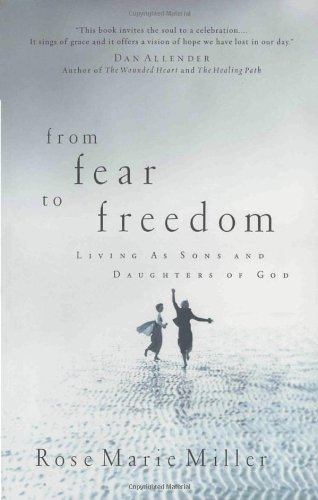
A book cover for From Fear to Freedom: Living as Sons and Daughters of God; Rose Marie Miller; Christian Books & Bibles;